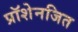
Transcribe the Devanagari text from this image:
प्रॉशेनजित